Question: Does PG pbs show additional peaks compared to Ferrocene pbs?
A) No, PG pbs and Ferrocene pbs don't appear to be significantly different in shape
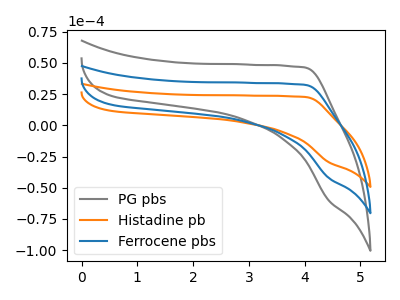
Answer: <think>The gray curve "PG pbs" has no peaks. The orange curve "Histadine pb" has no peaks. The blue curve "Ferrocene pbs" has no peaks.
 Neither "PG pbs" or "Ferrocene pbs" have any peaks.</think>
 <answer>A) No, "PG pbs" and "Ferrocene pbs" don't appear to be significantly different in shape</answer>
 <eval>A</eval>